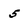
Character: 5